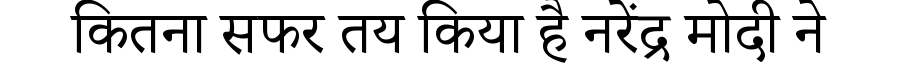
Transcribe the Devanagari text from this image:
कितना सफर तय किया है नरेंद्र मोदी ने